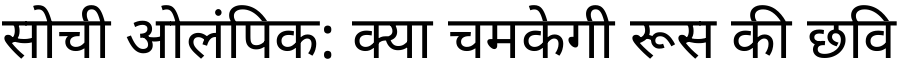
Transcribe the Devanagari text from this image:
सोची ओलंपिक: क्या चमकेगी रूस की छवि